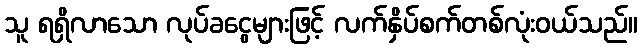
သူ ရရှိလာသော လုပ်ခငွေများဖြင့် လက်နှိပ်စက်တစ်လုံးဝယ်သည်။